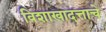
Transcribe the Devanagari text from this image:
विशाखादत्ताचे